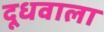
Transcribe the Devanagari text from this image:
दूधवाला